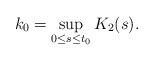
LaTeX: \begin{align*} k _0 = \sup _{ 0\le s\le t_0 } K_2(s) .\end{align*}